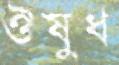
ঔষুধ